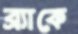
ব্র্যাকে